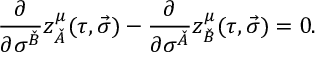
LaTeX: \frac { \partial } { \partial \sigma ^ { \check { B } } } z _ { \check { A } } ^ { \mu } ( \tau , \vec { \sigma } ) - \frac { \partial } { \partial \sigma ^ { \check { A } } } z _ { \check { B } } ^ { \mu } ( \tau , \vec { \sigma } ) = 0 .